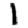
Digit: 1